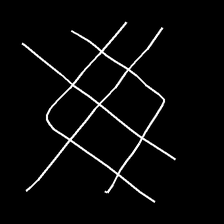
Glyph: crystal